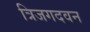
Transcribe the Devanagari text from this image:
त्रिजगदवन